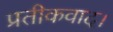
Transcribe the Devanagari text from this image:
प्रतीकवाद।